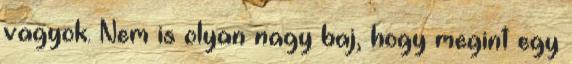
vagyok. Nem is olyan nagy baj, hogy megint egy